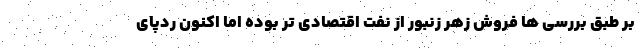
بر طبق بررسی ها فروش زهر زنبور از نفت اقتصادی تر بوده اما اکنون ردپای